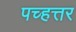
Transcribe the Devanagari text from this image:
पच्हत्तर